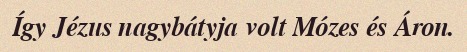
Így Jézus nagybátyja volt Mózes és Áron.